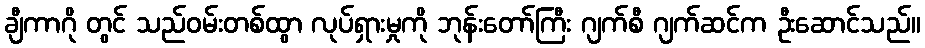
ချီကာဂို တွင် သည်ဝမ်းတစ်ထွာ လုပ်ရှားမှုကို ဘုန်းတော်ကြီး ဂျက်စီ ဂျက်ဆင်က ဦးဆောင်သည်။